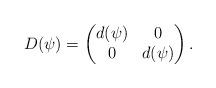
LaTeX: \begin{align*}D(\psi)=\begin{pmatrix}d(\psi)& 0 \\0& d(\psi)\end{pmatrix}.\end{align*}